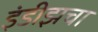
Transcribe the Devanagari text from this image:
इंडीझचा